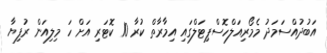
އަބުދުއްސަމަދު މެމޯރިއަލްހޮސްޕިޓަލްގައި އިމާރާތް ކުރާ 10 ކޮޓަރި އަށް ހަ މިލިއަން ރުފިޔާ